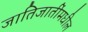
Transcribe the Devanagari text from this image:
जातिजातींमधील